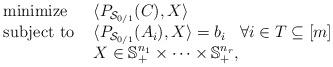
LaTeX: \begin{align*}\begin{array}{ll}\mbox{ minimize } & \langle P_{\mathcal{S}_{0/1}}(C), X \rangle \\\mbox{ subject to } & \langle P_{\mathcal{S}_{0/1}}(A_i), X \rangle = b_i \;\;\; \forall i \in T \subseteq [m] \\& X \in \mathbb{S}_{+}^{n_{1}} \times \cdots \times \mathbb{S}_{+}^{n_{r}},\end{array} \end{align*}